65_HS1-834228961_62-HQ-83894_Section_2
Agency: FBI
Page 79
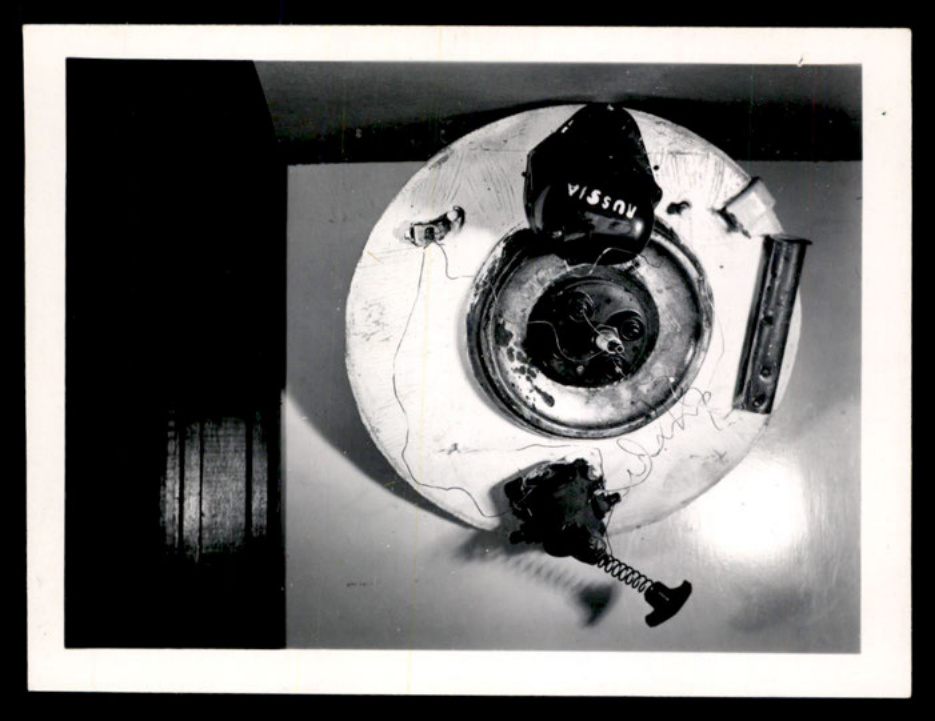